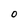
Character: 0